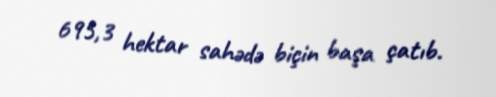
695,3 hektar sahədə biçin başa çatıb.